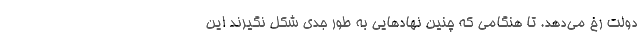
دولت رخ می‌دهد. تا هنگامی که چنین نهادهایی به طور جدی شکل نگیرند این